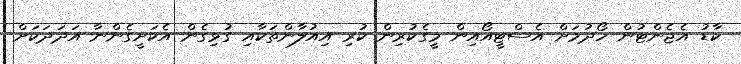
ކާޑު އެޖެންޓުން ހޯދުމަށް އެސްޓީއޯއިން މީގެކުރިން ކުރި އިއުލާންތަކާއި ގުޅިގެން އެކަށީގެންނާ އަދަދަކަށް